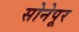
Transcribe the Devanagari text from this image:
सोनेपूर